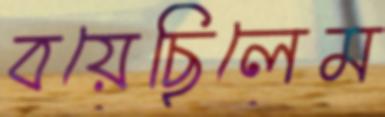
বয়েছিলেম